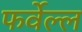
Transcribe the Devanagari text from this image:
फर्वेल्ल